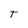
Character: T